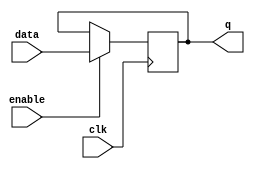
module transparent_latch (
    input wire clk,  // clock signal
    input wire enable,  // enable signal
    input wire data,  // input data signal
    output reg q  // output signal
);

always @(posedge clk) begin
    if (enable) begin
        q <= data;
    end
end

endmodule